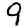
Digit: 9